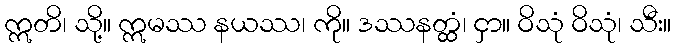
ဣတိ၊ သို့။ ဣမဿ နယဿ၊ ကို။ ဒဿနတ္ထံ၊ ငှာ။ ဝိသုံ ဝိသုံ၊ သီး။